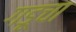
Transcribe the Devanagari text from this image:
गडूचा